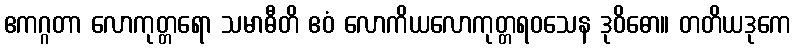
ဧကဂ္ဂတာ လောကုတ္တရော သမာဓီတိ ဧဝံ လောကိယလောကုတ္တရဝသေန ဒုဝိဓော။ တတိယဒုကေ